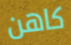
كاهن